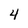
Character: 4